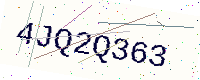
Text: 4JQ2Q363